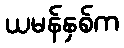
ယမန်နှစ်က